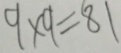
9 \times 9 = 8 1